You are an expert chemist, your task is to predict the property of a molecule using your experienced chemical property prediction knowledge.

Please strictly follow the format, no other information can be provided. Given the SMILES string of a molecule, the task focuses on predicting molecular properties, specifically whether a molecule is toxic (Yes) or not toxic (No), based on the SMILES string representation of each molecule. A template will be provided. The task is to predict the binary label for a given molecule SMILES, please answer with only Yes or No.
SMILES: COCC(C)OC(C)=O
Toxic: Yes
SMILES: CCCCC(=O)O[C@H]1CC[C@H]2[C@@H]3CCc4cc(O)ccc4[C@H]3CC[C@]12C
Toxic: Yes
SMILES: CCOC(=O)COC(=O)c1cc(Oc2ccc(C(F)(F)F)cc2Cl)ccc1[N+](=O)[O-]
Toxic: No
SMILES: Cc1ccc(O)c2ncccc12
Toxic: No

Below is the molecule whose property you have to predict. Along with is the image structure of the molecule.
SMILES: CC(=O)OCC(=O)[C@@]12N=C(C)O[C@@H]1C[C@H]1[C@@H]3CCC4=CC(=O)C=C[C@]4(C)[C@H]3[C@@H](O)C[C@@]12C
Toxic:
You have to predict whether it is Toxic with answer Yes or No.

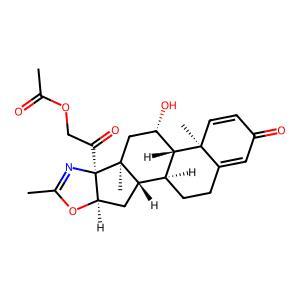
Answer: Yes